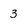
Character: 3